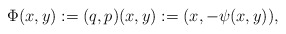
\begin{align*}\Phi(x,y):=(q,p)(x,y):=(x,-\psi(x,y)),\end{align*}